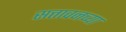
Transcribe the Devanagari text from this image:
सत्तावनच्या